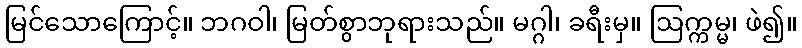
မြင်သောကြောင့်။ ဘဂဝါ၊ မြတ်စွာဘုရားသည်။ မဂ္ဂါ၊ ခရီးမှ။ ဩက္ကမ္မ၊ ဖဲ၍။